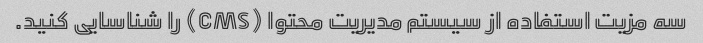
سه مزیت استفاده از سیستم مدیریت محتوا (CMS) را شناسایی کنید.